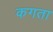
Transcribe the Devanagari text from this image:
कगता